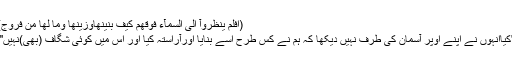
(اَفَلَمْ یَنْظُرُوْآ اِلَی السَّمَآءِ فَوْقَھُمْ کَیْفَ بَنَیْنٰھَاوَزَیَّنّٰھَا وَمَا لَھَا مِنْ فُرُوْجٍ)
''کیاانہوں نے اپنے اوپر آسمان کی طرف نہیں دیکھا کہ ہم نے کس طرح اسے بنایا اورآراستہ کیا اور اس میں کوئی شگاف (بھی)نہیں''۔